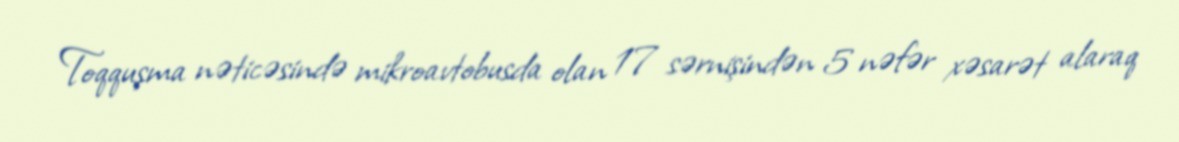
Toqquşma nəticəsində mikroavtobusda olan 17 sərnişindən 5 nəfər xəsarət alaraq